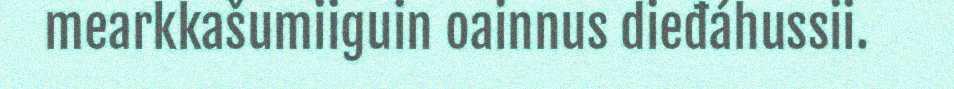
mearkkašumiiguin oainnus dieđáhussii.